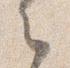
之